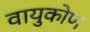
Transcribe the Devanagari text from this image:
वायुकोण